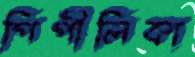
পিপীলিকা